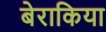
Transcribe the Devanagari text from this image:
बेराकिया